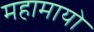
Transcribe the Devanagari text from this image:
महामायो